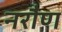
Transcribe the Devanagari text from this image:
नरौण